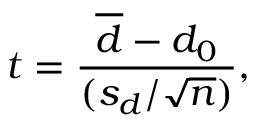
t = { \frac { { \overline { { d } } } - d _ { 0 } } { ( s _ { d } / { \sqrt { n } } ) } } ,